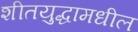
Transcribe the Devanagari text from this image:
शीतयुद्धामधील